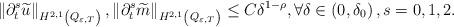
LaTeX: \begin{align*}\left\Vert \partial _{t}^{s}\widetilde{u}\right\Vert _{H^{2,1}\left(Q_{\varepsilon ,T}\right) },\left\Vert \partial _{t}^{s}\widetilde{m}\right\Vert _{H^{2,1}\left( Q_{\varepsilon ,T}\right) }\leq C\delta ^{1-\rho},\forall \delta \in \left( 0,\delta _{0}\right) ,s=0,1,2.\end{align*}